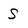
Character: s